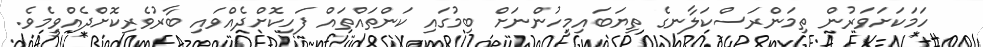
ހަމަކަށަވަރުން ތިމަންރަސްކަލާނގެ ތިޔަބައިމީހުންނަށް ބިމުގައި ކަންތައްތައް ފަހިކޮށްދެއްވައި ބާރުވެރިކޮށްދެއްވީމެވެ.